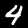
Digit: 4